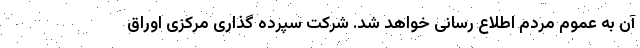
آن به عموم مردم اطلاع رسانی خواهد شد. شرکت سپرده گذاری مرکزی اوراق